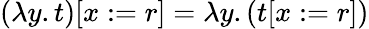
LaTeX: (\lambda y.t)[x:=r]=\lambda y.(t[x:=r])